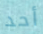
أحد